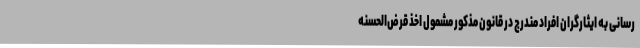
‌رسانی به ایثارگران افراد مندرج در قانون مذکور مشمول اخذ قرض‌الحسنه